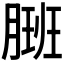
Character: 𬂇